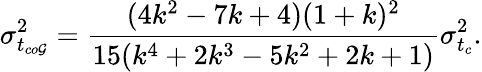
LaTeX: \sigma_{t_{co\mathcal{G}}}^{2}=\frac{{(4k^{2}-7k+4)(1+k)^{2}}}{{15(k^{4}+2k^{3}-5k^{2}+2k+1)}}{\sigma_{t_{c}}^{2}}.